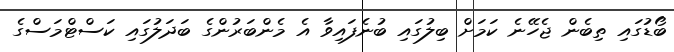
ބޯޑުގައި ތިބެން ޖެހޭނެ ކަމަށް ބިލުގައި ބުނެފައިވާ އެ މެންބަރުންގެ ބަދަލުގައި ކަސްޓްމަސްގެ